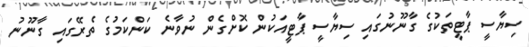
ސިޔާސީ ޕާޓީތަކުގެ ގާނޫނުގައި ސިޔާސީ ޕާޓީއަކުން ކޮށްގެން ނުވާނެ ކަންކަމުގެ ތެރޭގައި ގާނޫނު